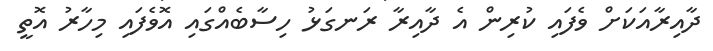
ދާއިރާއަކަށް ވެފައި ކުރިން އެ ދާއިރާ ރަނގަޅު ހިސާބެއްގައި އޮވެފައި މިހާރު އޮތީ